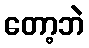
တော့ဘဲ